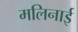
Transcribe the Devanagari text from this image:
मलिनाई